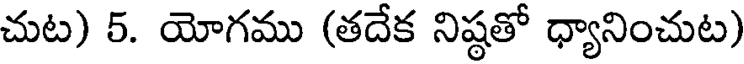
చుట) 5. యోగము (తదేక నిష్ఠతో ధ్యానించుట)